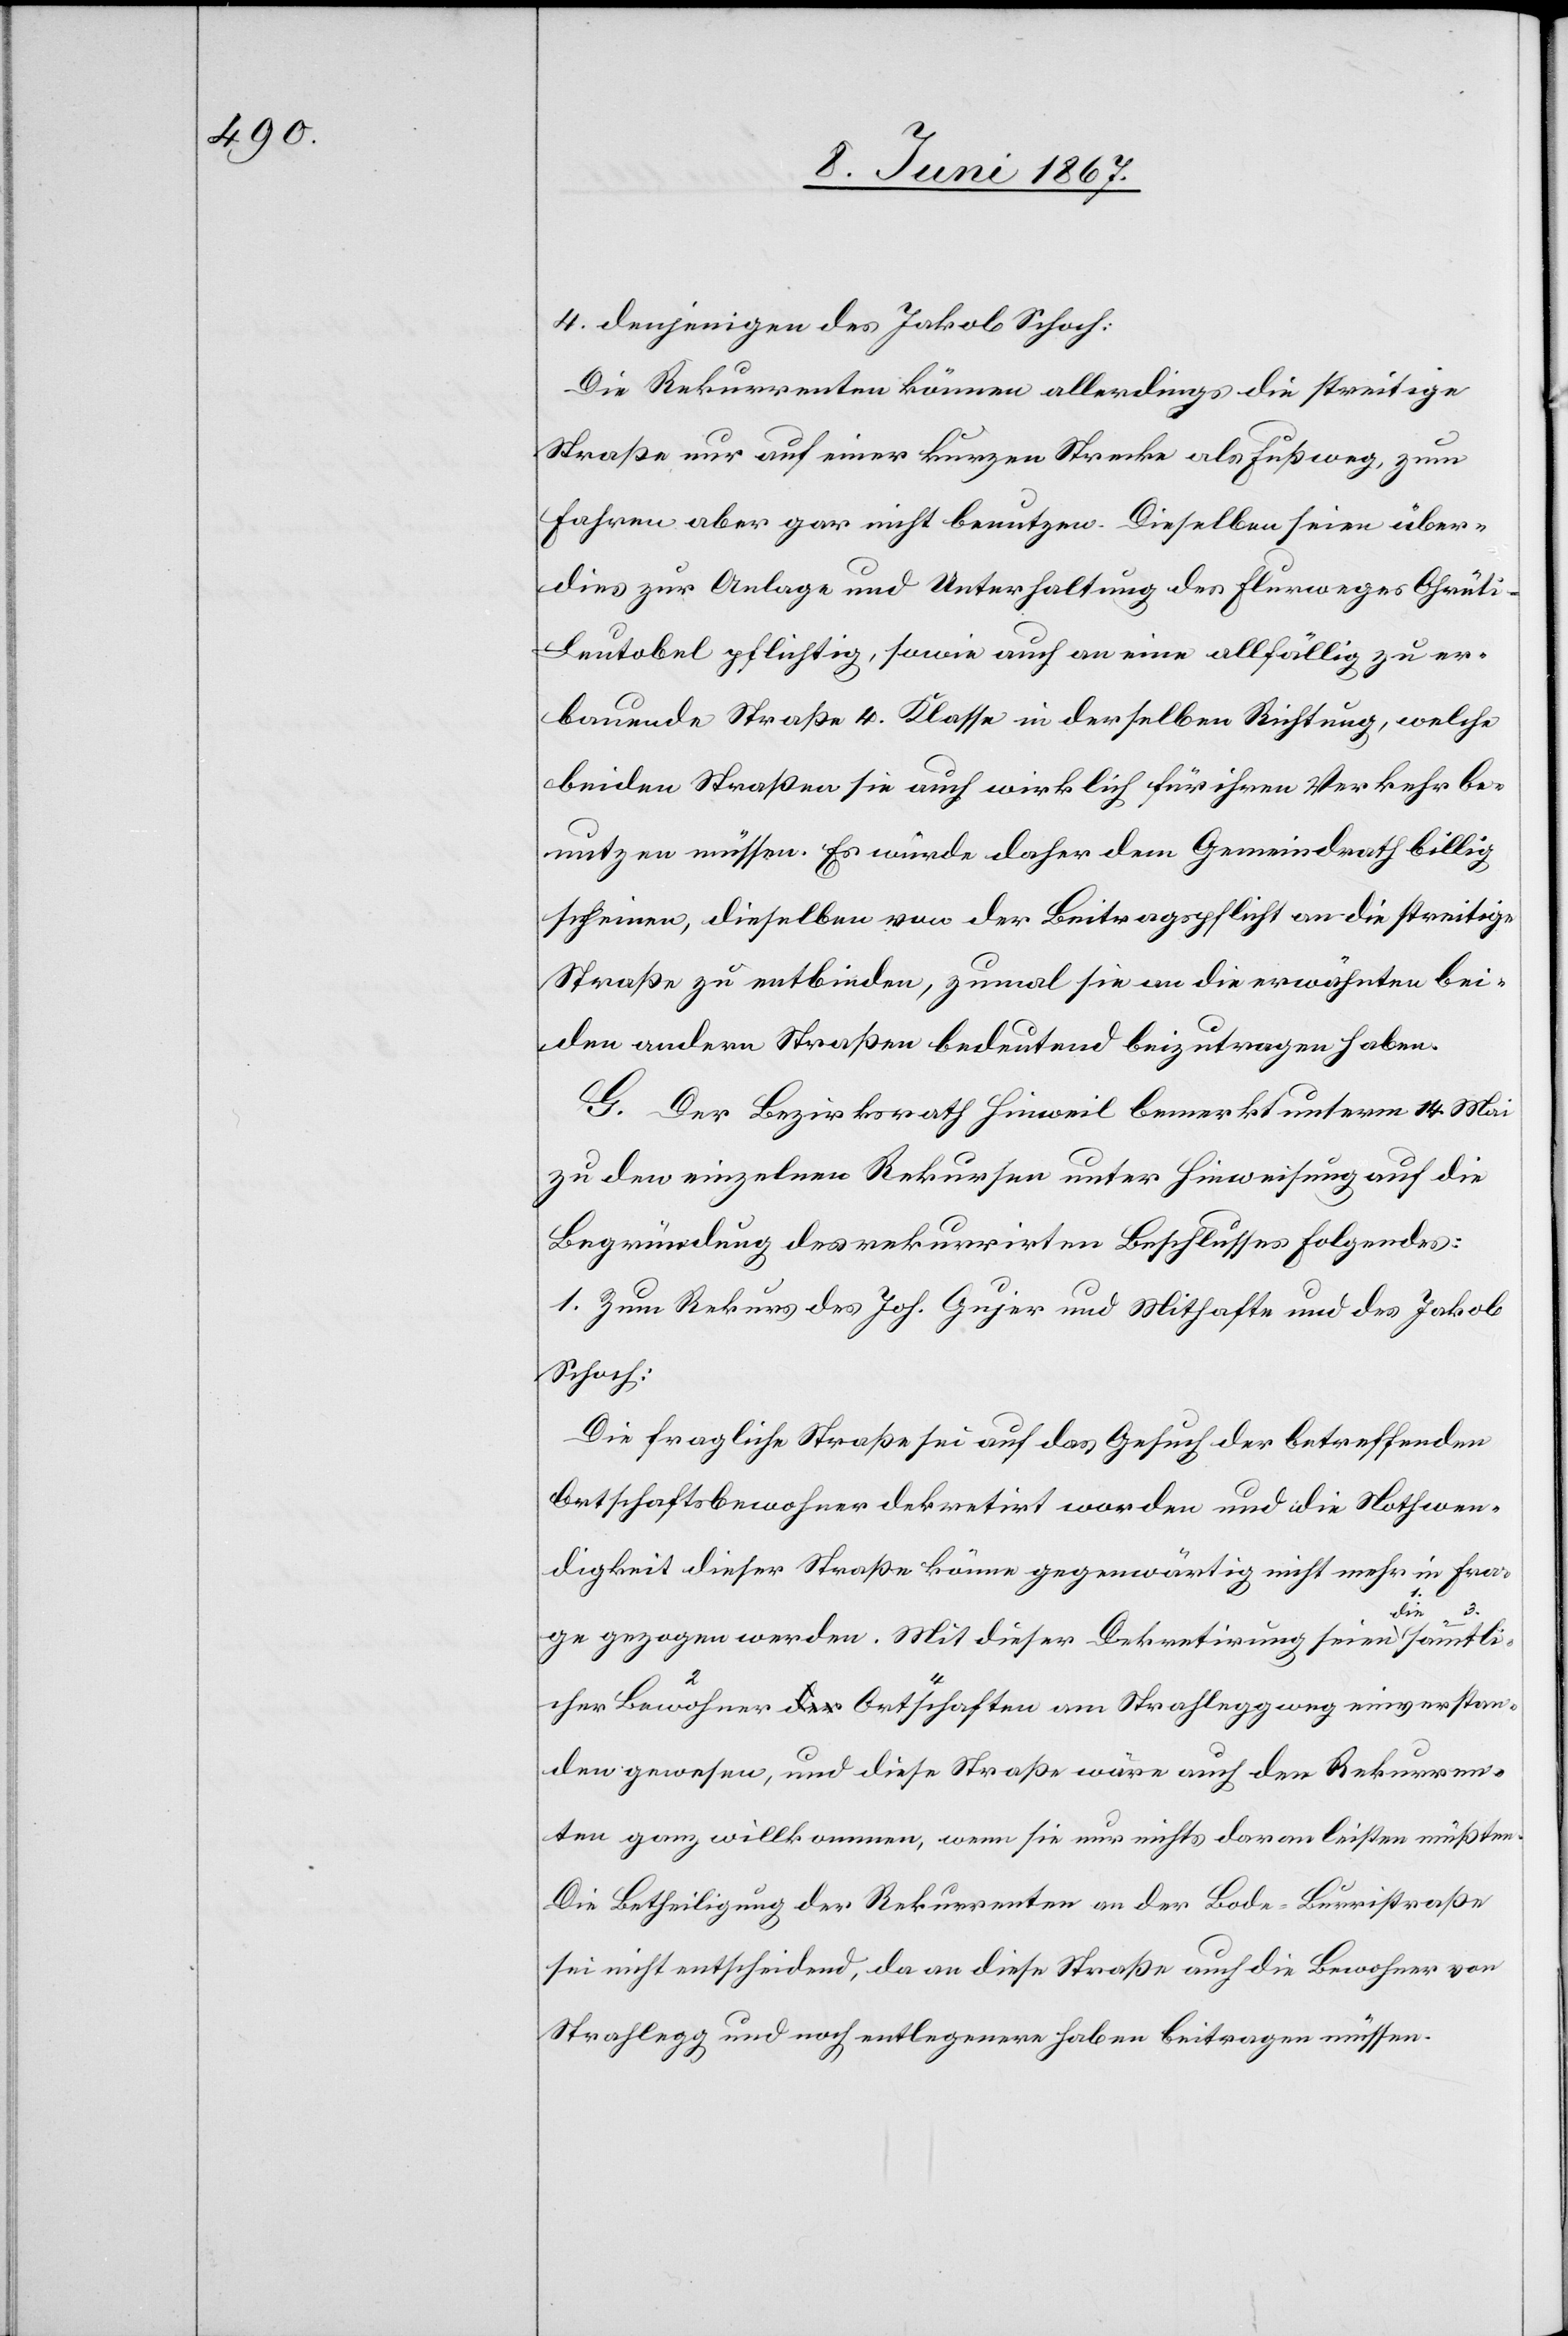
4. denjenigen des Jakob Schoch:
Die Rekurrenten können allerdings die streitige
Straße nur auf einer kurzen Strecke als Fußweg, zum
Fahren aber gar nicht benutzen. Dieselben seien über¬
dies zur Anlage und Unterhaltung des Flurweges Ohrüt¬
i-Leutobel pflichtig, sowie auch an eine allfällig zu er¬
bauenden Straße 4. Klasse in derselben Richtung, welche
beiden Straßen sie auch wirklich für ihren Verkehr be¬
nutzen müssen. Es würde daher dem Gemeindrath billig
scheinen, dieselben von der Beitragspflicht an die streitige
Straße zu entbinden, zumal sie an die erwähnten bei¬
den andern Straßen bedeutend beizutragen haben.
G. Der Bezirksrath Hinweil bemerkt unterm 14. Mai
zu den einzelnen Rekursen unter Hinweisung auf die
Begründung des rekurrirten Beschlusses folgendes:
1. Zum Rekurs des Joh. Gujer und Mithafte und des Jakob
Schoch:
Die fragliche Straße sei auf das Gesuch der betreffenden
Ortschaftsbewohner dekretirt worden und die Nothwen¬
digkeit dieser Straße könne gegenwärtig nicht mehr in Fra¬
verst¬
ge gezogen werden. Mit dieser Dekretirung seien die
anden gewesen, und diese Straße wäre auch den Rekurren¬
ten ganz willkommen, wenn sie nur nichts daran leisten müßten.
Die Betheiligung der Rekurrenten an der Bode[n]-Burristraße
sei nicht entscheidend, da an diese Straße auch die Bewohner von
Strahlegg und noch entlegenere haben beitragen müssen.